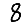
Digit: 8